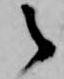
之